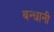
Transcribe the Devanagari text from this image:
बन्धानी